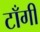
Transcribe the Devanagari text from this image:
टाँगी